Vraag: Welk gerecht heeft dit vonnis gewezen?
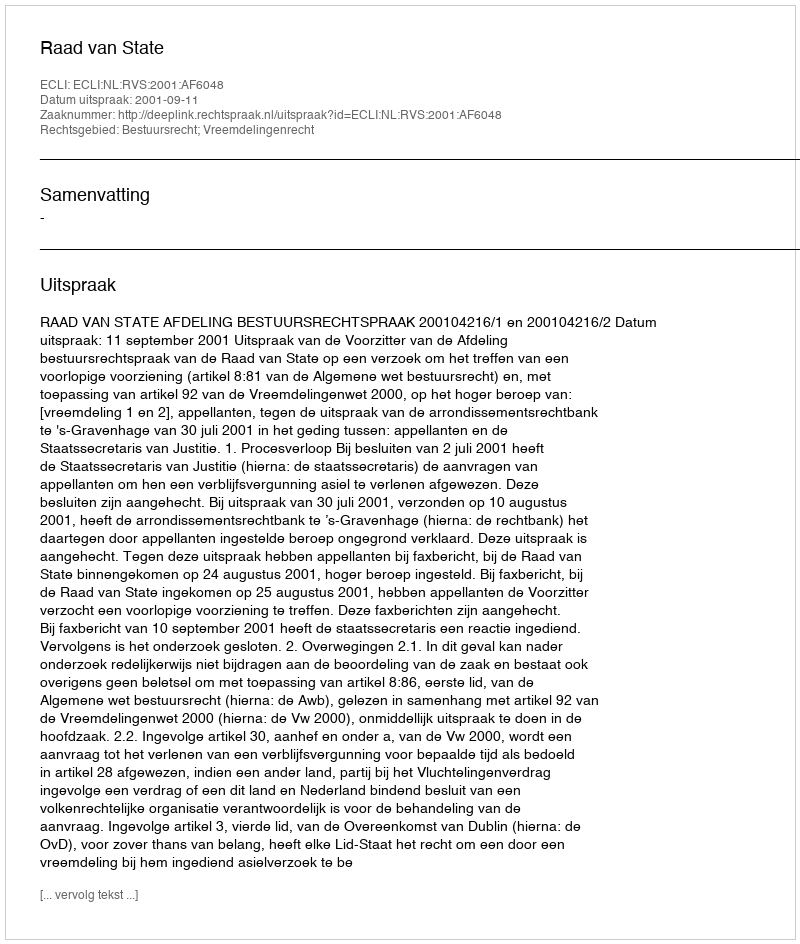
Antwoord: Raad van State